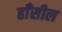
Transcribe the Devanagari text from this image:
हाँसील